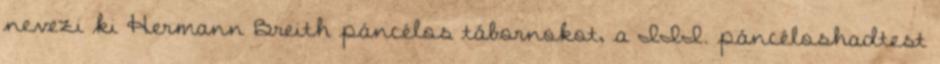
nevezi ki Hermann Breith páncélos tábornokot, a III. páncéloshadtest